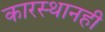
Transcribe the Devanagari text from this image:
कारस्थानही